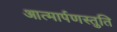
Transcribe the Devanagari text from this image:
आत्मार्पणस्तुति